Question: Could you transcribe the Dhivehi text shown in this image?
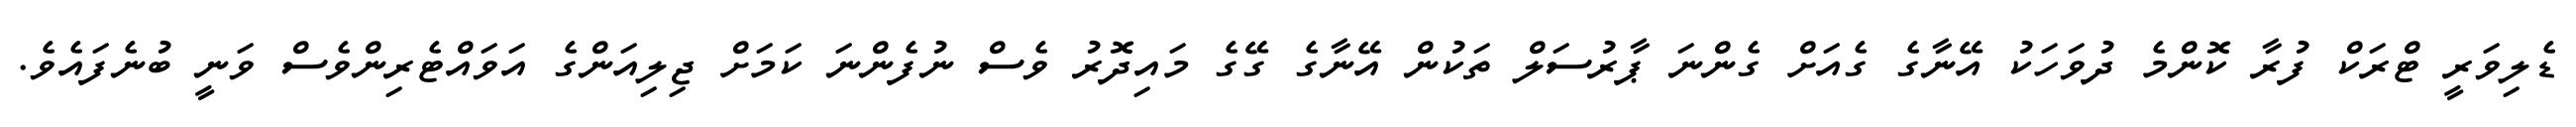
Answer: ޑެލިވަރީ ޓްރަކް ފުރާ ކޮންމެ ދުވަހަކު އޭނާގެ ގެއަށް ގެންނަ ޕާރުސަލް ތަކުން އޭނާގެ ގޭގެ މައިދޮރު ވެސް ނުފެންނަ ކަމަށް ޖިލިއަންގެ އަވައްޓެރިންވެސް ވަނީ ބުނެފައެވެ.